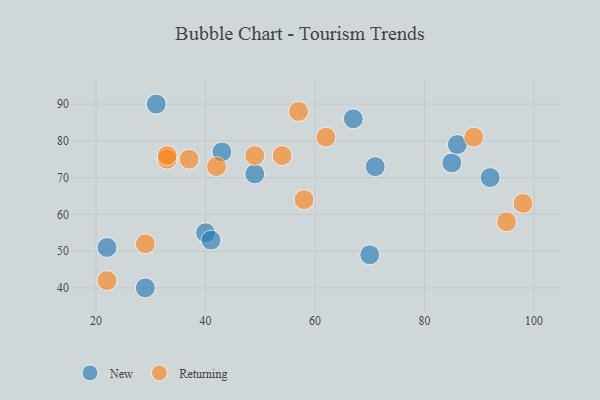
{"axis": {"x": "GDP", "y": "Life Expectancy"}, "legend": ["New", "Returning"], "data": [{"x": "49", "y": 71, "type": "New"}, {"x": "70", "y": 49, "type": "New"}, {"x": "85", "y": 74, "type": "New"}, {"x": "71", "y": 73, "type": "New"}, {"x": "86", "y": 79, "type": "New"}, {"x": "31", "y": 90, "type": "New"}, {"x": "67", "y": 86, "type": "New"}, {"x": "29", "y": 40, "type": "New"}, {"x": "22", "y": 51, "type": "New"}, {"x": "40", "y": 55, "type": "New"}, {"x": "43", "y": 77, "type": "New"}, {"x": "41", "y": 53, "type": "New"}, {"x": "92", "y": 70, "type": "New"}, {"x": "49", "y": 76, "type": "Returning"}, {"x": "98", "y": 63, "type": "Returning"}, {"x": "37", "y": 75, "type": "Returning"}, {"x": "42", "y": 73, "type": "Returning"}, {"x": "33", "y": 75, "type": "Returning"}, {"x": "89", "y": 81, "type": "Returning"}, {"x": "54", "y": 76, "type": "Returning"}, {"x": "33", "y": 76, "type": "Returning"}, {"x": "62", "y": 81, "type": "Returning"}, {"x": "29", "y": 52, "type": "Returning"}, {"x": "58", "y": 64, "type": "Returning"}, {"x": "95", "y": 58, "type": "Returning"}, {"x": "22", "y": 42, "type": "Returning"}, {"x": "57", "y": 88, "type": "Returning"}]}